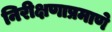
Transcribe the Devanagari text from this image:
निरीक्षणाप्रमाणे